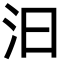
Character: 汩